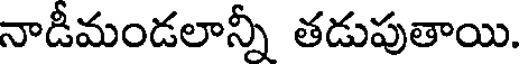
నాడీమండలాన్నీ తడుపుతాయి.